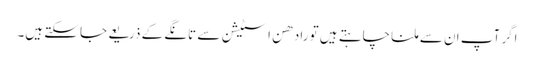
اگر آپ ان سے ملنا چاہتے ہیں تو رادھن اسٹیشن سے تانگے کے ذریعے جا سکتے ہیں۔